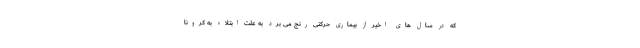
که در سال های اخیر از بیماری حرکتی رنج می برد به علت ابتلاء به کرونا